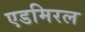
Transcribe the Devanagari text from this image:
एडमिरल